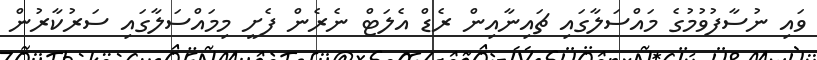
ވައި ނުސާފުވުމުގެ މައްސަލާގައި ޗައިނާއިން ރެޑް އެލަޓް ނެރެން ފެށީ މިމައްސަލާގައި ސަރުކާރުން